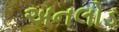
અનલોડ